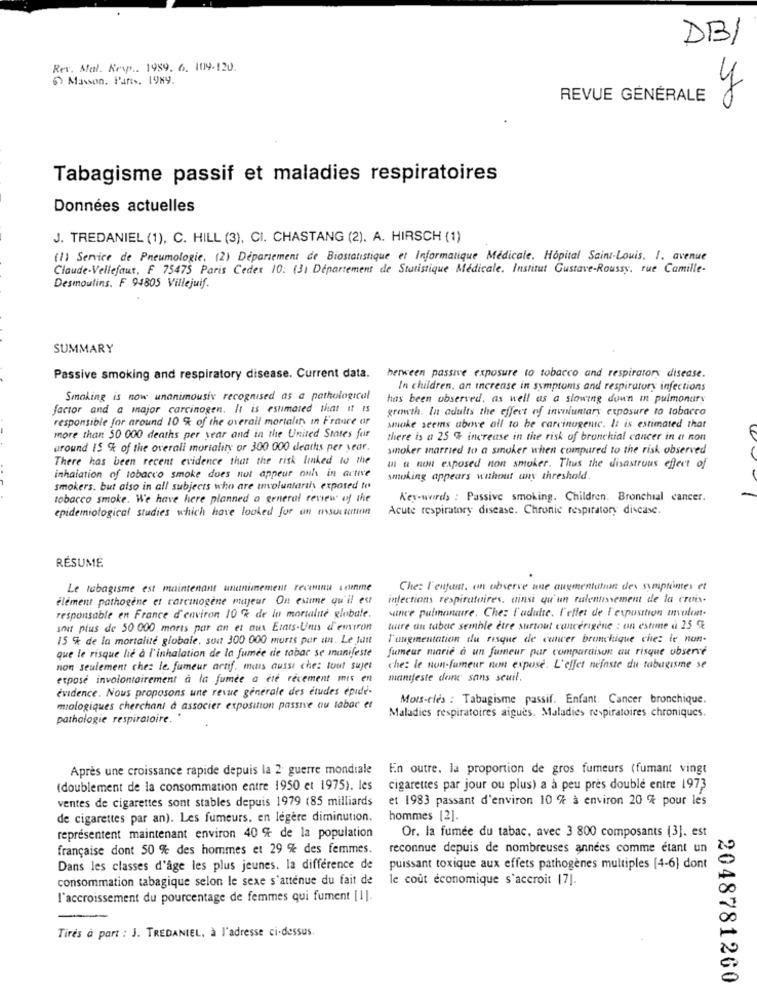
DB1
Rev. Mal. Resp .. 1989. 6. 109-120.
) Masson. Paris. 1989.
REVUE GÉNÉRALE
y
Tabagisme passif et maladies respiratoires
Données actuelles
J. TREDANIEL (1), C. HILL (3), CI. CHASTANG (2). A. HIRSCH (1)
(1) Service de Pneumologie, (2) Département de Biostatistique et Informatique Médicale, Hôpital Saint-Louis. I. avenue
Claude-Vellefaut, F 75475 Paris Cedex 10: 131 Département de Statistique Médicale. Institut Gustave Roussy, rue Camille-
Desmoulins. F 94805 Villejuif.
SUMMARY
Passive smoking and respiratory disease. Current data.
between passive exposure to tobacco and respiratory disease.
In children, an increase in symptoms and respiratory infections
Smoking is now unanimousiy recognised as a pathological
has been observed, as well as a slowing down in pulmonary
factor and a major carcinogen. It is estimated that it Is
growth. In adults the effect of involuntary exposure to tobacco
responsible for around 10 % of the overall mortalır In France or
smoke seems above all to be carcinogente. It is estimated that
more than 50 000 deaths per year and in the United States for
there is a 25 % increase in the risk of bronchial cancer in a non
uround IS % of the overall mortality or 300 000 deaths per year.
smoker married to a smoker when compared to the risk observed
There has been recent evidence that the risk linked to the
m & non exposed non smoker. Thus the disastrous effect of
inhalation of tobacco smoke does not appear onh in active
smoking appears without any threshold
smokers. but also in all subjects who are involuntarily exposed to
tobacco smoke. We have here planned a general review of the
K'ex-wirds : Passive smoking. Children. Bronchial cancer.
epidemiological studies which have looked for an association
Acute respiratory disease. Chronic respiratory disease.
RESUME
Le tabagisme est maintenant unanimement revenu samme
Che: l'enfant, on observe une augmentation des sympteintes et
élément pathogène et rarcinogène majeur On estime qu'il est
infections respiratoires, ainsi qu'un ralentissement de la crois-
since pulmonaire. Chez l'adulte. l'effet de l'exposition involon-
responsable en France d'environ 10 % de la mortalité globale.
shut plus de 50 000 morts par an et aux Etats-Unis d'environ
tuire un tabac semble être surtout cancérigène : on estime à 25 %
15 % de la mortalité globale, son 300 000 morts par an. Le Jutt
l'augmentation du risque de cancer brunchique che: le non-
que le risque lie à l'inhalation de la fumée de tabac se manifeste
fumeur marie à un fumeur par comparaison au risque observé
non seulement chez le. fumeur artif. mais aussi che: tout sujet
che: le non-fumeur non expose. L'effet néfaste du tabagisme se
exposé involontairement à la fumée a été récement mis en
manifeste donc sans seuil.
evidence. Nous proposons une revue générale des études epide-
Mots-clés : Tabagisme passif. Enfant. Cancer bronchique.
miologiques cherchant a associer exposition passive ou sabar et
Maladies respiratoires aigues. Maladies respiratoires chroniques.
pathologie respiratoire. "
Après une croissance rapide depuis la 2 guerre mondiale
En outre. la proportion de gros fumeurs (fumant vingt
(doublement de la consommation entre 1950 et 1975). les
cigarettes par jour ou plus) a à peu près double entre 1973
ventes de cigarettes sont stables depuis 1979 (85 milliards
et 1983 passant d'environ 10 % à environ 20 % pour les
de cigarettes par an). Les fumeurs, en légère diminution.
hommes [2].
représentent maintenant environ 40 % de la population
Or. la fumée du tabac, avec 3 800 composants (3]. est
française dont 50 % des hommes et 29 % des femmes.
reconnue depuis de nombreuses années comme étant un
Dans les classes d'âge les plus jeunes. la différence de
puissant toxique aux effets pathogènes multiples [4-6) dont
consommation tabagique selon le sexe s'atténue du fait de
le coût économique s'accroit [7].
l'accroissement du pourcentage de femmes qui fument [1].
Tires à part : J. TREDANIEL, à l'adresse ci-dessus.
2048781260